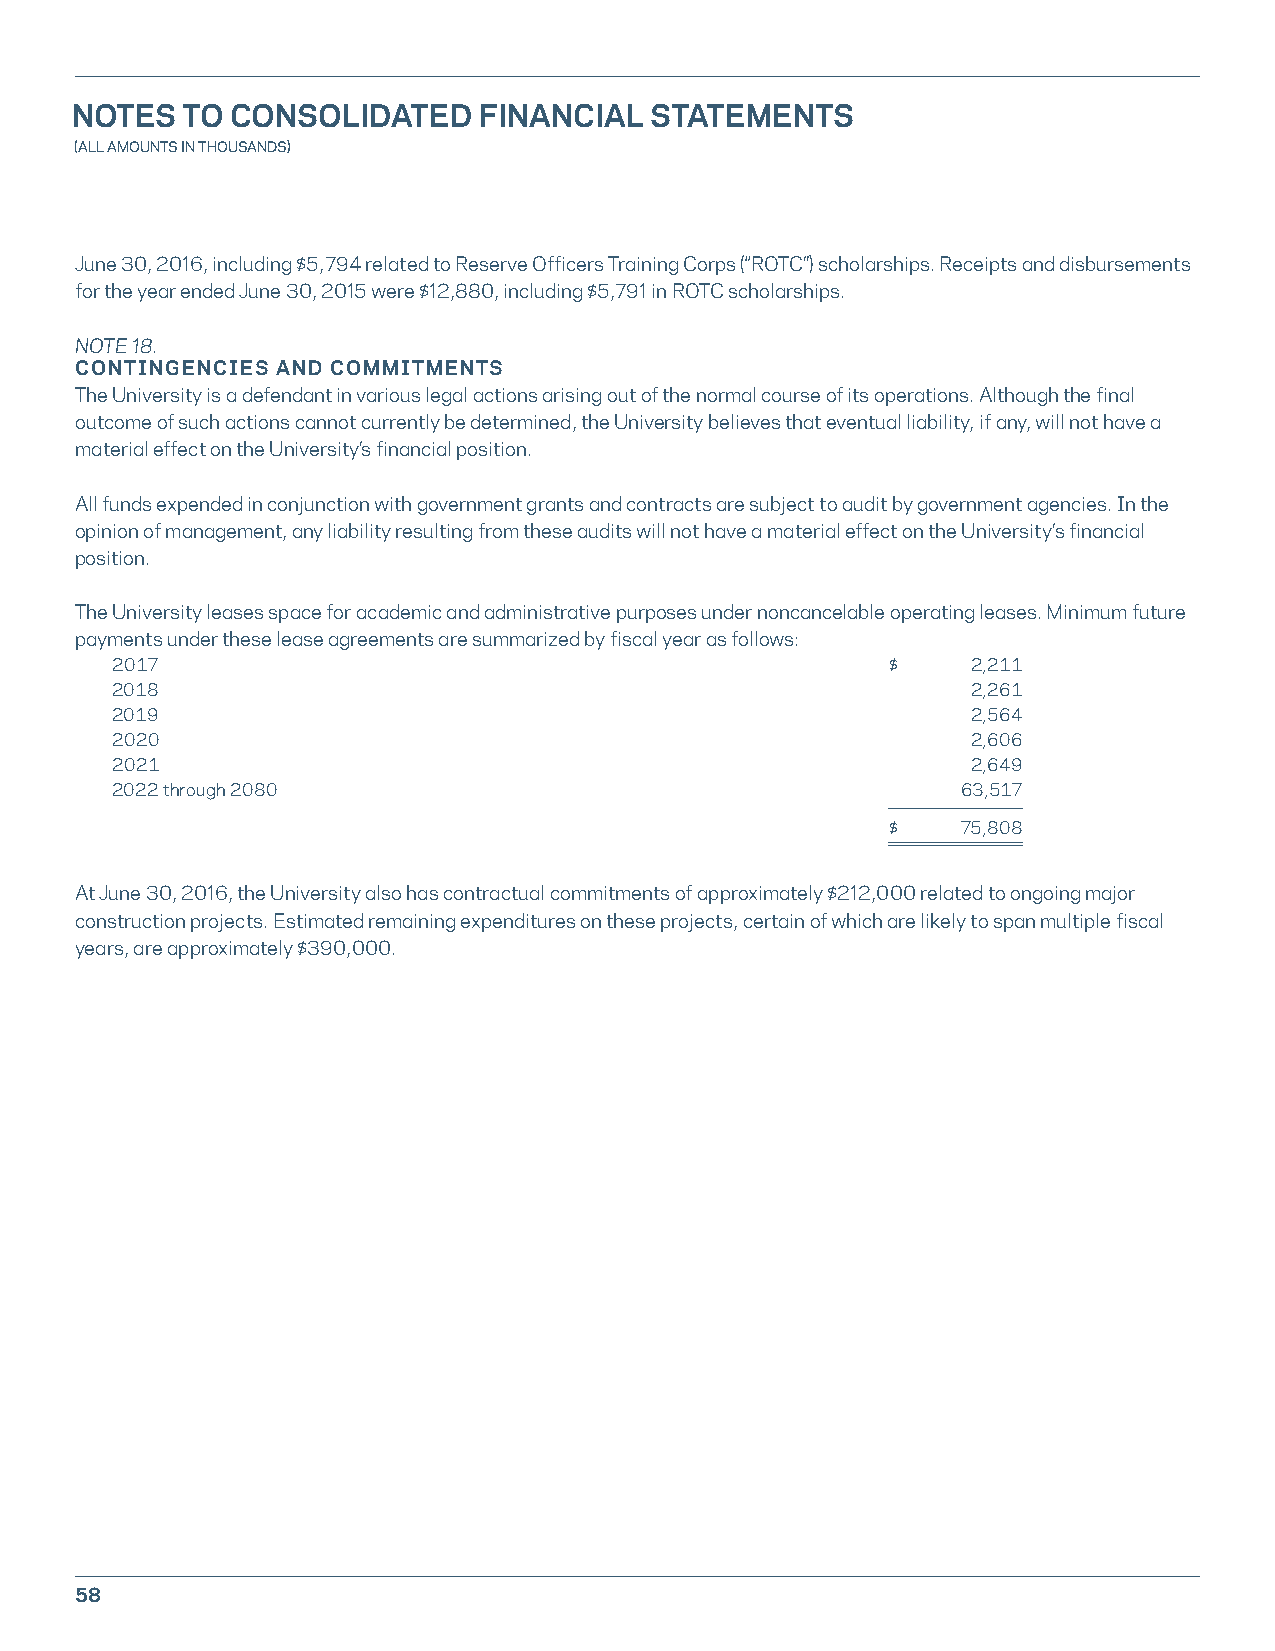
NOTES  TO CONSOLIDATED     FINANCIAL  STATEMENTS
 (ALL AMOUNTS IN THOUSANDS)
 June 30, 2016, including $5,794 related to Reserve Officers Training Corps (“ROTC”) scholarships. Receipts and disbursements
 for the year ended June 30, 2015 were $12,880, including $5,791 in ROTC scholarships.
 NOTE 18.
 CONTINGENCIES AND COMMITMENTS
 The University is a defendant in various legal actions arising out of the normal course of its operations. Although the final
 outcome of such actions cannot currently be determined, the University believes that eventual liability, if any, will not have a
 material effect on the University’s financial position.
 All funds expended in conjunction with government grants and contracts are subject to audit by government agencies. In the
 opinion of management, any liability resulting from these audits will not have a material effect on the University’s financial
 position.
 The University leases space for academic and administrative purposes under noncancelable operating leases. Minimum future
 payments under these lease agreements are summarized by fiscal year as follows:
 2017                                                $    2,211
 2018                                                     2,261
 2019                                                     2,564
 2020                                                     2,606
 2021                                                     2,649
 2022 through 2080                                        63,517
 $    75,808
 At June 30, 2016, the University also has contractual commitments of approximately $212,000 related to ongoing major
 construction projects. Estimated remaining expenditures on these projects, certain of which are likely to span multiple fiscal
 years, are approximately $390,000.
 58